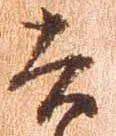
吉